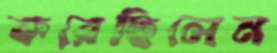
করেছিলেন